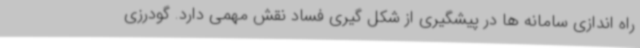
راه اندازی سامانه ها در پیشگیری از شکل گیری فساد نقش مهمی دارد. گودرزی